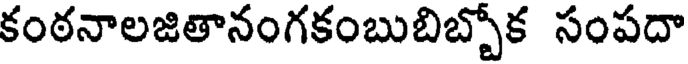
కంఠనాలజితానంగకంబుబిబ్బోక సంపదా